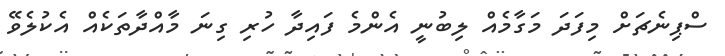
ސްޕިނެޗަށް މިފަދަ މަގާމެއް ލިބުނީ އެންމެ ފައިދާ ހުރި ގިނަ މާއްދާތަކެއް އެކުލެވޭ